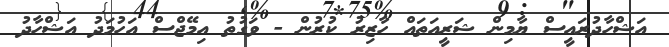
އަޝްހާދުރައީސް ޔާމިން ޝަރީއަތައް ހާޒިރު ކުރުން - ވަގުތު އިމޭޖްސް އަހުމަދު އަޝްހާދު